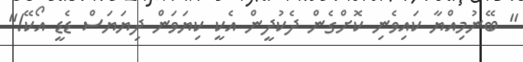
" ބޭނުމިއްޔާ ކައިވެނި ކޮށްގެން ދެކުދީން އެކީ ކިޔަވަން ދިޔަޔަސް ޑެޑީ އޯކޭ!"